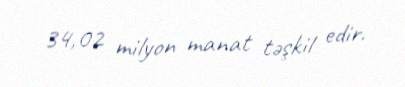
34,02 milyon manat təşkil edir.